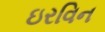
ઇરવિન